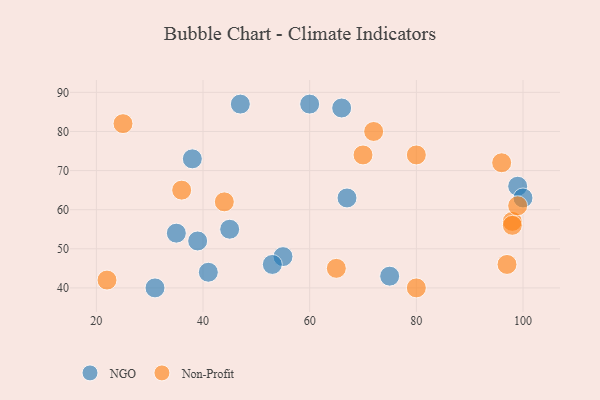
{"axis": {"x": "GDP", "y": "Life Expectancy"}, "legend": ["NGO", "Non-Profit"], "data": [{"x": "75", "y": 43, "type": "NGO"}, {"x": "39", "y": 52, "type": "NGO"}, {"x": "47", "y": 87, "type": "NGO"}, {"x": "45", "y": 55, "type": "NGO"}, {"x": "60", "y": 87, "type": "NGO"}, {"x": "99", "y": 66, "type": "NGO"}, {"x": "100", "y": 63, "type": "NGO"}, {"x": "66", "y": 86, "type": "NGO"}, {"x": "31", "y": 40, "type": "NGO"}, {"x": "55", "y": 48, "type": "NGO"}, {"x": "35", "y": 54, "type": "NGO"}, {"x": "41", "y": 44, "type": "NGO"}, {"x": "67", "y": 63, "type": "NGO"}, {"x": "53", "y": 46, "type": "NGO"}, {"x": "38", "y": 73, "type": "NGO"}, {"x": "98", "y": 57, "type": "Non-Profit"}, {"x": "65", "y": 45, "type": "Non-Profit"}, {"x": "80", "y": 40, "type": "Non-Profit"}, {"x": "25", "y": 82, "type": "Non-Profit"}, {"x": "72", "y": 80, "type": "Non-Profit"}, {"x": "96", "y": 72, "type": "Non-Profit"}, {"x": "22", "y": 42, "type": "Non-Profit"}, {"x": "97", "y": 46, "type": "Non-Profit"}, {"x": "36", "y": 65, "type": "Non-Profit"}, {"x": "80", "y": 74, "type": "Non-Profit"}, {"x": "99", "y": 61, "type": "Non-Profit"}, {"x": "70", "y": 74, "type": "Non-Profit"}, {"x": "44", "y": 62, "type": "Non-Profit"}, {"x": "98", "y": 56, "type": "Non-Profit"}]}